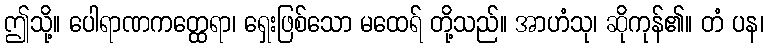
ဤသို့။ ပေါရာဏကတ္ထေရာ၊ ရှေးဖြစ်သော မထေရ် တို့သည်။ အာဟံသု၊ ဆိုကုန်၏။ တံ ပန၊